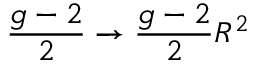
{ \frac { g - 2 } { 2 } } \to { \frac { g - 2 } { 2 } } R ^ { 2 }